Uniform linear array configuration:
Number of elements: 48
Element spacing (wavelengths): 0.75
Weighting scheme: kaiser
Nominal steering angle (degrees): -45
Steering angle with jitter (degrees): -44.768
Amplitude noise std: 0.05
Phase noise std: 0.05

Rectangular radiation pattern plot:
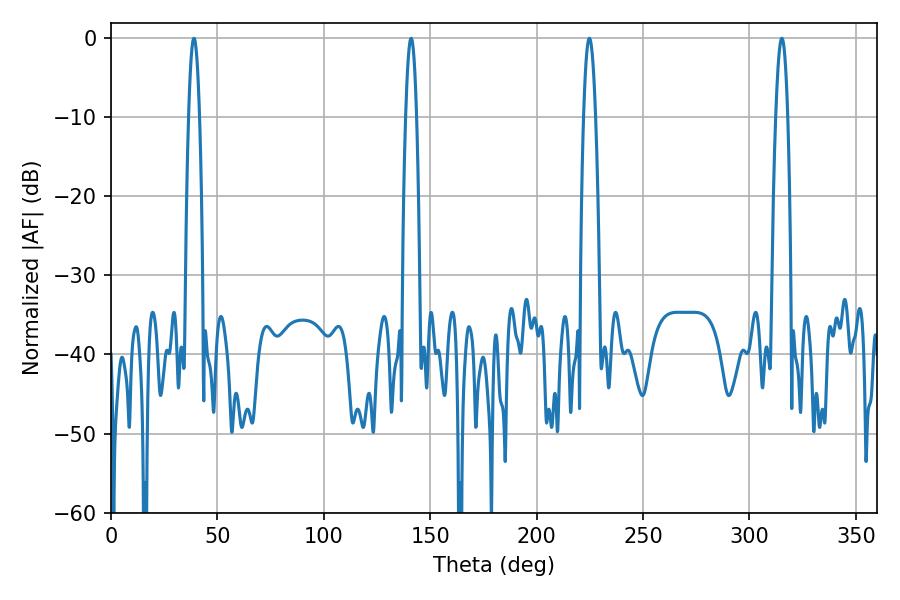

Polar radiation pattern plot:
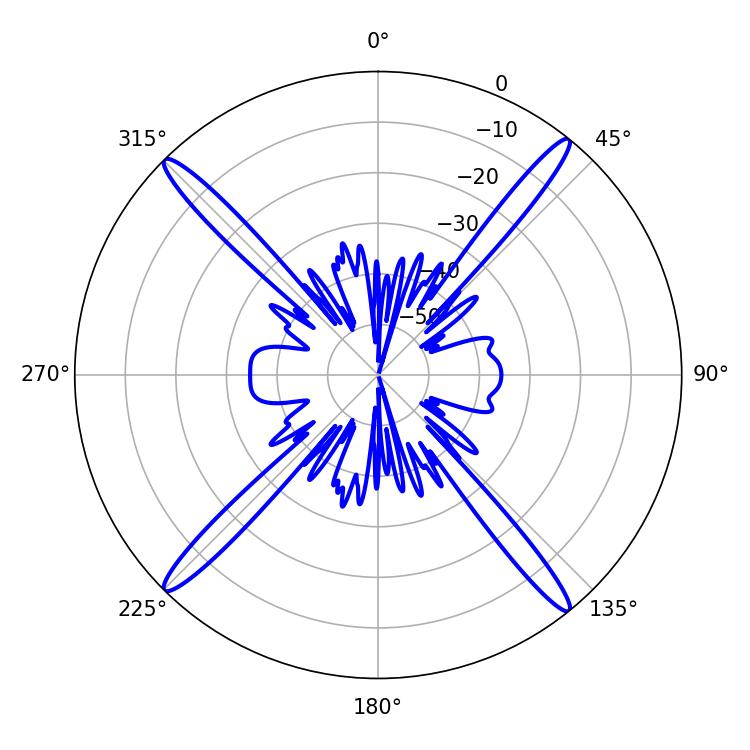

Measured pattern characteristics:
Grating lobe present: TRUE
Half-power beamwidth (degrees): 3.06
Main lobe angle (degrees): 315.18